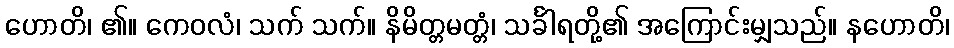
ဟောတိ၊ ၏။ ကေဝလံ၊ သက် သက်။ နိမိတ္တမတ္တံ၊ သင်္ခါရတို့၏ အကြောင်းမျှသည်။ နဟောတိ၊